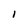
Character: 1